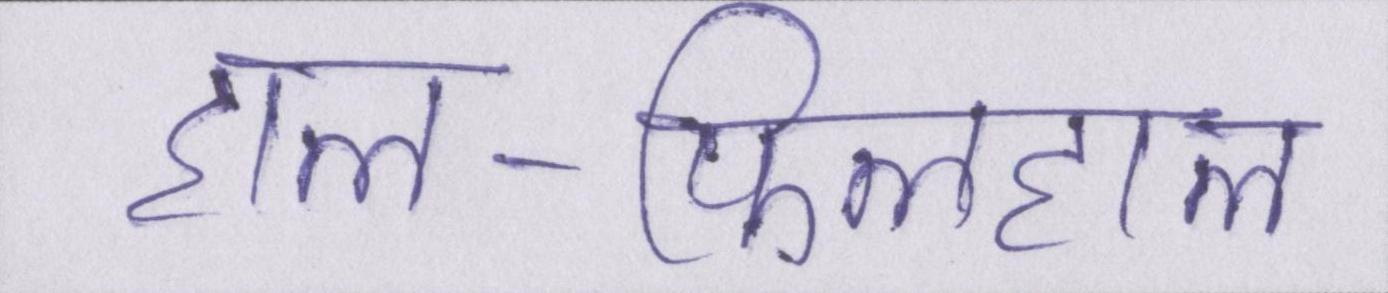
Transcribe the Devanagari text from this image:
हाल-फिलहाल